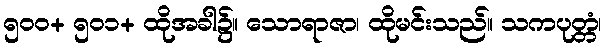
၅၀၀+ ၅၀၁+ ထိုအခါ၌။ သောရာဇာ၊ ထိုမင်းသည်။ သကပုတ္တံ၊